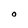
Character: O